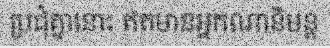
ប្រជុំគ្នានោះ ឥតមានអ្នកណានិមន្ត